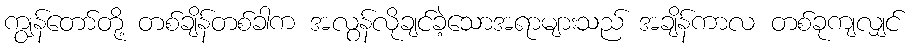
ကျွန်တော်တို့ တစ်ချိန်တစ်ခါက အလွန်လိုချင်ခဲ့သောအရာများသည် အချိန်ကာလ တစ်ခုကျလျှင်